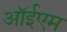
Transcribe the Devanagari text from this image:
ऑईएम